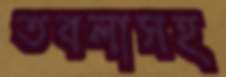
তবলাসহ